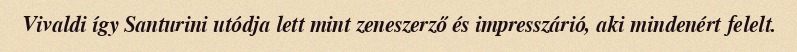
Vivaldi így Santurini utódja lett mint zeneszerző és impresszárió, aki mindenért felelt.